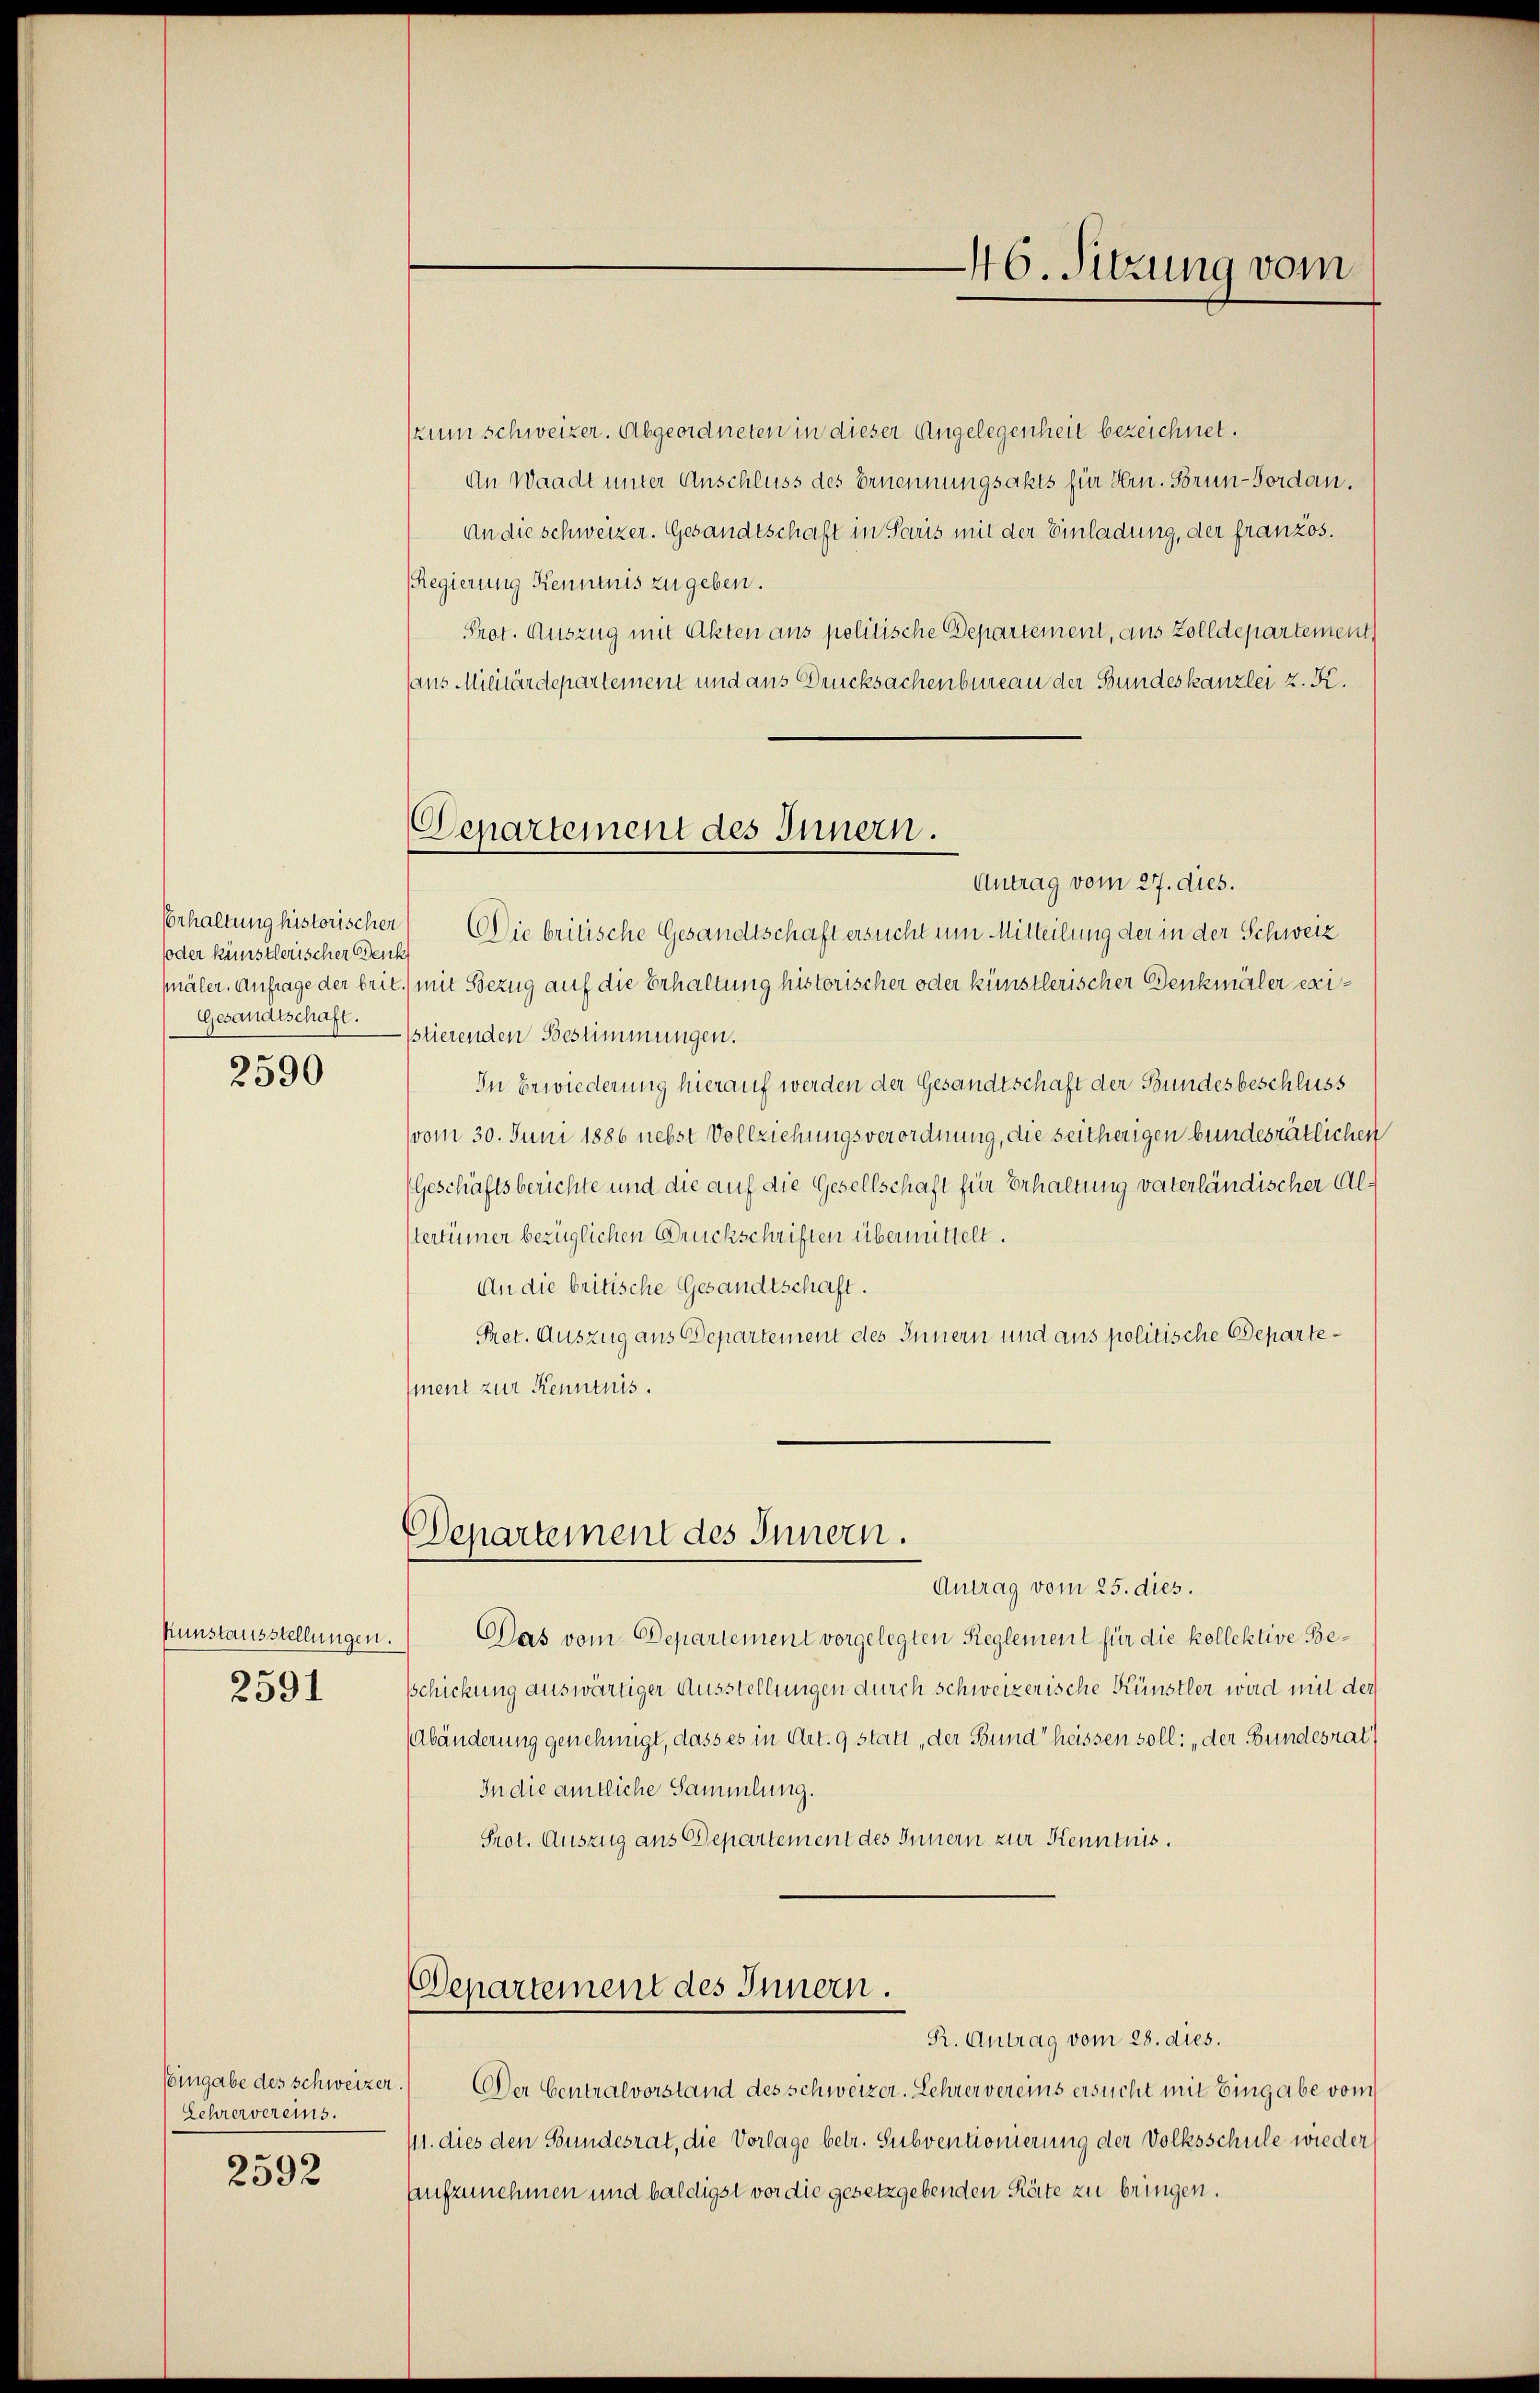
Erhaltung historischer
(oder künstlerischer Benk
mäler. Anfrage der brie
Gesandtschaft.
2590

Kunstausstellungen.
2591

Lehrervereins.
2592

Departement des Innern.

zum schweizer. Abgeordneten in dieser Angelegenheit bezeichnet.
An Waadt unter Anschluss des Ernennungsakts für Hrn. Sorun-Forden.
An die schweizer. Gesandtschaft in Paris mit der Einladung, der französ.
Regierung Kenntnis zu geben.
Prot. Auszug mit Akten aus politische Departement, aus Zolldepartement,
aus Militärdepartement und aus Drucksachenbureau der Bundeskanzlei z. K.
Antrag vom 27. dies.
Die britische Gesandtschaft ersucht um Mitteilung der in der Schweiz
mit Bezug auf die Erhaltung historischer oder künstlerischer Denkmäler exisstierenden Bestimmungen.
In Erwiederung hierauf werden der Gesandtschaft der Bundesbeschluss
vom 30. Juni 1886 nebst Vollziehungsverordnung, die seitherigen bundesrätlichen
(Geschäftsberichte und die auf die Gesellschaft für Erhaltung vaterländischer Alstertümer bezüglichen Druckschriften übermittelt.
An die britische Gesandtschaft.
Pret. Auszug aus Departement des Innern und aus politische Departement zur Kenntnis.

Departement des Innern.

Antrag vom 25. dies.
Das vom Departement vorgelegten Reglement für die kollektive Beschickung auswärtiger Ausstellungen durch schweizerische Künstler wird mit der
(Abänderung genehmigt, dass es in Art. 9 statt der Bund“ heissen soll: „der Bundesrat
In die amtliche Sammlung.
Prot. Auszug aus Departement des Innern zur Kenntnis.

Departement des Innern.

46. Sitzung vom

Rr. Antrag vom 28. dies.
Eingabe des Schweizer.) Der Centralvorstand des schweizer. Lehrer vereins ersucht mit Eingabe vom
/11. dies den Bundesrat, die Vorlage betr. Subventionierung der Volksschule wieder
aufzunehmen und baldigst vor die gesetzgebenden Räte zu bringen.